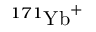
^ { 1 7 1 } \mathrm { { Y b } ^ { + } }